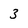
Character: 3